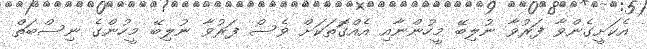
އެކަށީގެންވާ ފަރުވާ ނުލިބޭ މީހުންނާއި އެއްގޮަތަކަށް ވެސް ފަރުވާ ނުލިބޭ މީހުންގެ ނިސްބަތް